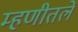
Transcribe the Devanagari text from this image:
म्हणीतलें